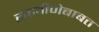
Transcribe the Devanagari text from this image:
रुद्रवीणेबाबत